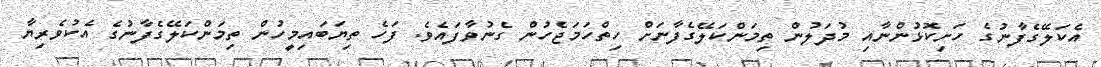
އެކަލޭގެފާނުގެ ހަށިކޮޅުންނާއި މުދަލުން ތިމަންކަލޭގެފާނަށް ހިތްހަމަޖެހުން ގެނުވާފައެވެ. ފަހެ ތިޔަބައިމީހުން ތިމަންކަލޭގެފާނުގެ އެކުވެރިޔާ